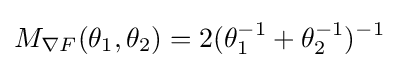
M_{\nabla F}(\theta _{1},\theta _{2})=2(\theta _{1}^{-1}+\theta _{2}^{-1})^{-1}